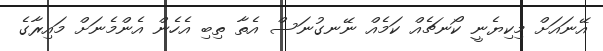
އޭނައަށް މިކިޔެނީ ކޯނޗެއް ކަމެއް ނޭނގުނަސް އެތާ ތިބި އެހެން އެންމެނަށް މައިރާގެ